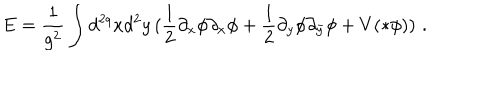
E = \frac { 1 } { g ^ { 2 } } \int d ^ { 2 q } x d ^ { 2 } y \, ( \frac { 1 } { 2 } \partial _ { x } \phi \partial _ { x } \phi + \frac { 1 } { 2 } \partial _ { y } \phi \partial _ { \bar { y } } \phi + V ( * \phi ) ) \, \, .